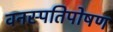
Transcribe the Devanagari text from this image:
वनस्पतिपोषण